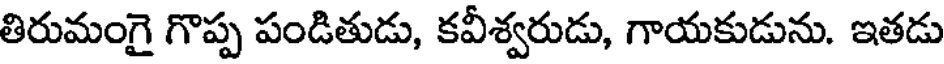
తిరుమంగై గొప్ప పండితుడు, కవీశ్వరుడు, గాయకుడును. ఇతడు